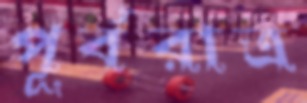
পূর্বরাত্র